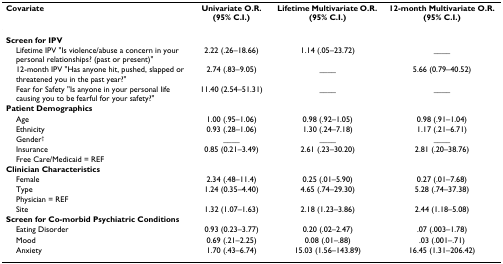
<table><thead><tr><td><b>Covariate</b></td><td><b>Univariate O.R. (95% C.I.)</b></td><td><b>Lifetime Multivariate O.R. (95% C.I.)</b></td><td><b>12-month Multivariate O.R. (95% C.I.)</b></td></tr></thead><tbody><tr><td colspan="4"><b>Screen for IPV</b></td></tr><tr><td> Lifetime IPV &quot;Is violence/abuse a concern in your personal relationships? (past or present)&quot;</td><td>2.22 (.26–18.66)</td><td>1.14 (.05–23.72)</td><td>____</td></tr><tr><td> 12-month IPV &quot;Has anyone hit, pushed, slapped or threatened you in the past year?&quot;</td><td>2.74 (.83–9.05)</td><td>____</td><td>5.66 (0.79–40.52)</td></tr><tr><td> Fear for Safety &quot;Is anyone in your personal life causing you to be fearful for your safety?&quot;</td><td>11.40 (2.54–51.31)</td><td>____</td><td>____</td></tr><tr><td colspan="4"><b>Patient Demographics</b></td></tr><tr><td> Age</td><td>1.00 (.95–1.06)</td><td>0.98 (.92–1.05)</td><td>0.98 (.91–1.04)</td></tr><tr><td> Ethnicity</td><td>0.93 (.28–1.06)</td><td>1.30 (.24–7.18)</td><td>1.17 (.21–6.71)</td></tr><tr><td> Gender<sup>†</sup></td><td>____</td><td>____</td><td>____</td></tr><tr><td> InsuranceFree Care/Medicaid = REF</td><td>0.85 (0.21–3.49)</td><td>2.61 (.23–30.20)</td><td>2.81 (.20–38.76)</td></tr><tr><td colspan="4"><b>Clinician Characteristics</b></td></tr><tr><td> Female</td><td>2.34 (.48–11.4)</td><td>0.25 (.01–5.90)</td><td>0.27 (.01–7.68)</td></tr><tr><td> TypePhysician = REF</td><td>1.24 (0.35–4.40)</td><td>4.65 (.74–29.30)</td><td>5.28 (.74–37.38)</td></tr><tr><td> Site</td><td>1.32 (1.07–1.63)</td><td>2.18 (1.23–3.86)</td><td>2.44 (1.18–5.08)</td></tr><tr><td colspan="4"><b>Screen for Co-morbid Psychiatric Conditions</b></td></tr><tr><td> Eating Disorder</td><td>0.93 (0.23–3.77)</td><td>0.20 (.02–2.47)</td><td>.07 (.003–1.78)</td></tr><tr><td> Mood</td><td>0.69 (.21–2.25)</td><td>0.08 (.01–.88)</td><td>.03 (.001–.71)</td></tr><tr><td> Anxiety</td><td>1.70 (.43–6.74)</td><td>15.03 (1.56–143.89)</td><td>16.45 (1.31–206.42)</td></tr></tbody></table>